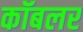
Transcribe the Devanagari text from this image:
कॉबलर